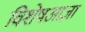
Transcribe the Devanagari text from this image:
विशेषआज्ञा